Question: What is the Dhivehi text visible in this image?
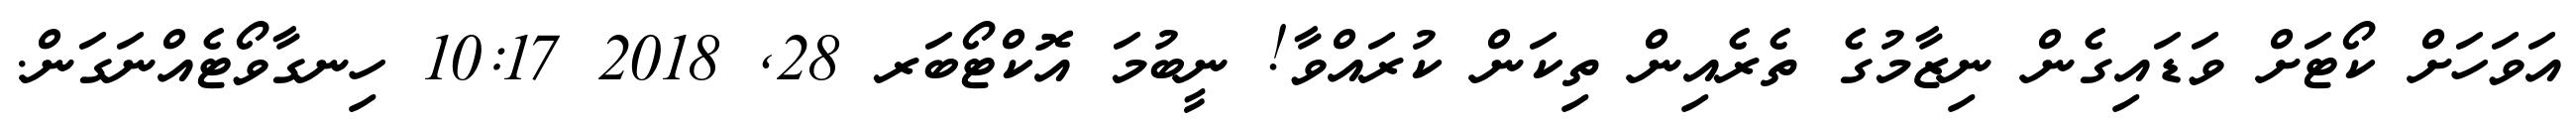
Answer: އަވަހަށް ކޯޓަށް ވަޑައިގެން ނިޒާމުގެ ތެރެއިން ތިކަން ކުރައްވާ! ނީބުމަ އޮކްޓޯބަރ 28, 2018 10:17 ހިނގާވޯޓެއްނަގަން.